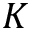
K